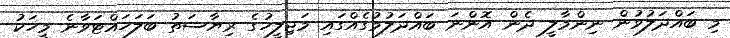
މި ބައްދަލުވުން ނިންމާލީ ދެން އޮންނަ ބައްދަލުމުގެއްގައި މަޖިލީހުގެ ރިޔާސަތު ބަލަހައްޓަވާނެ މީހަކު